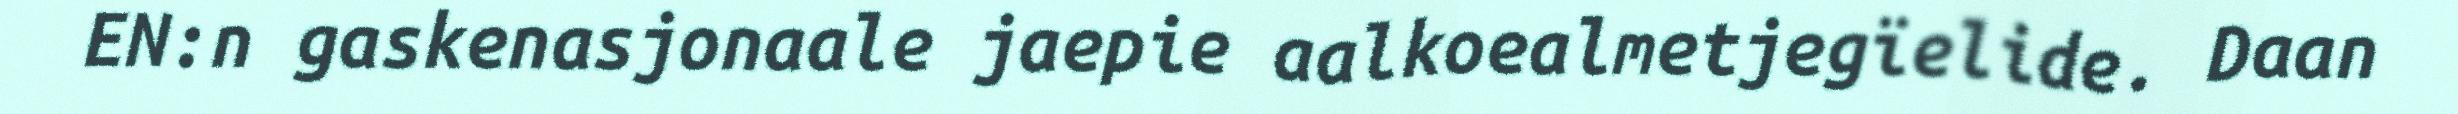
EN:n gaskenasjonaale jaepie aalkoealmetjegïelide. Daan